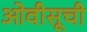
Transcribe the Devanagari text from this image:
ओवीसूची